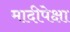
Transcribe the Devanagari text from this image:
मादीपेक्षा